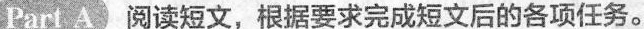
PartA阅读短文,根据要求完成短文后的各项任务。